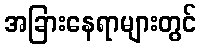
အခြားနေရာများတွင်